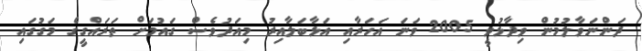
ދަންނަވާލުމުން ވިދާޅުވީ 2005 ވަނަ އަހަރާއި އަޅާބަލާއިރު މިއަދުވެސް ގައުމަށް ތަަރައްގީގެ މަގުގައި